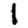
Digit: 1